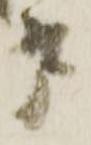
戸